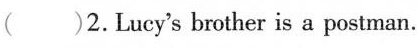
( )2.Lucy's brother is a postman.